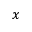
\boldsymbol { x }